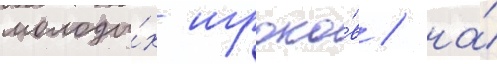
молоды́х игроко́в / на́